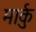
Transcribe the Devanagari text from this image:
मार्कु